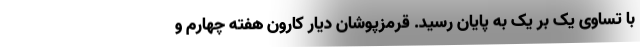
با تساوی یک بر یک به پایان رسید. قرمزپوشان دیار کارون هفته چهارم و